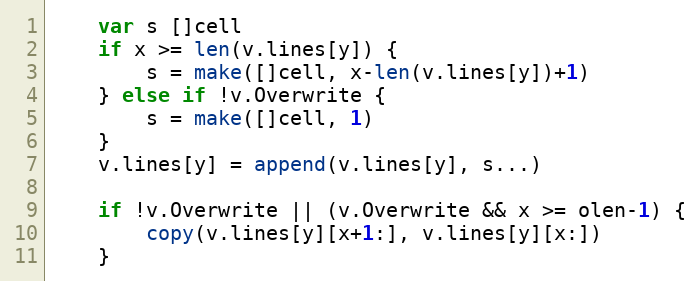
Language: Go
	var s []cell
	if x >= len(v.lines[y]) {
		s = make([]cell, x-len(v.lines[y])+1)
	} else if !v.Overwrite {
		s = make([]cell, 1)
	}
	v.lines[y] = append(v.lines[y], s...)

	if !v.Overwrite || (v.Overwrite && x >= olen-1) {
		copy(v.lines[y][x+1:], v.lines[y][x:])
	}